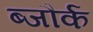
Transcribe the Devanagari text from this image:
ब्जौर्क